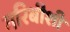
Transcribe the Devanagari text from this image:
गरिबीशी